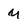
Character: m